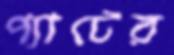
প্যাটের